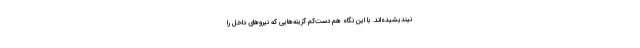
نیندیشیده‌اند. با این نگاه هم دست‌کم گزینه‌هایی که نیروهای داخل را